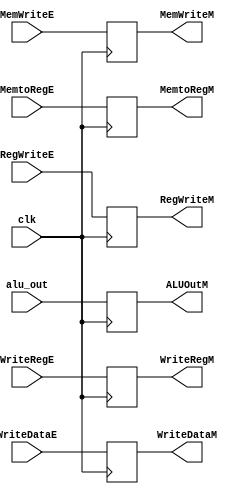
`timescale 1ns / 1ps
//////////////////////////////////////////////////////////////////////////////////
// Company: 
// Engineer: 
// 
// Design Name: 
// Module Name:    M_RegFile 
// Project Name: 
// Target Devices: 
// Tool versions: 
// Description: 
//
// Dependencies: 
//
// Revision: 
// Revision 0.01 - File Created
// Additional Comments: 
//
//////////////////////////////////////////////////////////////////////////////////
module M_RegFile(
   input clk,
	input RegWriteE,
	input MemtoRegE,
   input MemWriteE,
   input [31:0]alu_out,
   input [31:0]WriteDataE,
   input [4:0]WriteRegE,
   output reg RegWriteM,
	output reg MemtoRegM,
   output reg MemWriteM,
   output reg [31:0]ALUOutM,
   output reg [31:0]WriteDataM,
   output reg [4:0]WriteRegM
    );

always@(posedge clk)
begin
          RegWriteM <= RegWriteE;
			 MemtoRegM <= MemtoRegE;
		    MemWriteM <= MemWriteE;
			 ALUOutM   <= alu_out;
			 WriteDataM<= WriteDataE;
			 WriteRegM <= WriteRegE;
end

endmodule